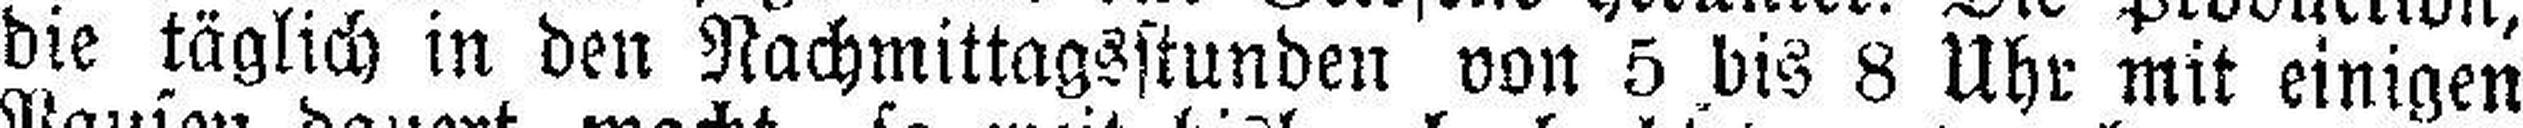
die täglich in den Nachmittagsstunden von 5 bis 8 Uhr mit einigen